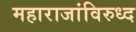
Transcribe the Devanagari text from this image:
महाराजांविरुध्द